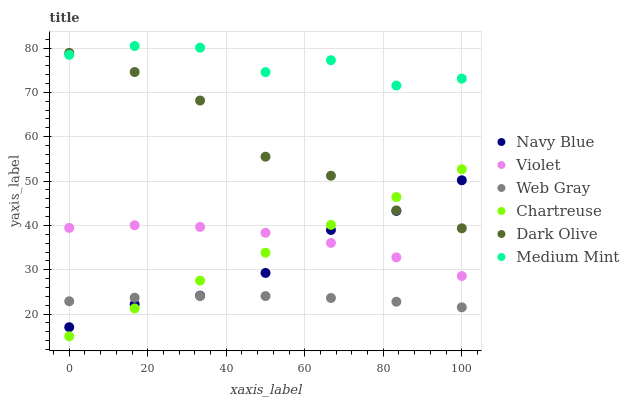
| xaxis_label | Navy Blue | Violet | Web Gray | Chartreuse | Dark Olive | Medium Mint |
 | --- | --- | --- | --- | --- | --- | --- |
 | 0 | 17 | 39.4 | 22.9 | 15 | 78.9 | 78.5 |
 | 16.7 | 22.2 | 40 | 23.7 | 21.3 | 74.6 | 80.5 |
 | 33.3 | 24.2 | 39.7 | 24.1 | 27.6 | 68.2 | 80.1 |
 | 50 | 29.3 | 38.3 | 24.1 | 33.8 | 55.5 | 74.6 |
 | 66.7 | 39 | 36 | 23.6 | 40.1 | 51.2 | 77.3 |
 | 83.3 | 43.3 | 32.8 | 22.8 | 46.4 | 43.4 | 71.5 |
 | 100 | 50.2 | 28.6 | 21.5 | 52.7 | 39.3 | 73.1 |